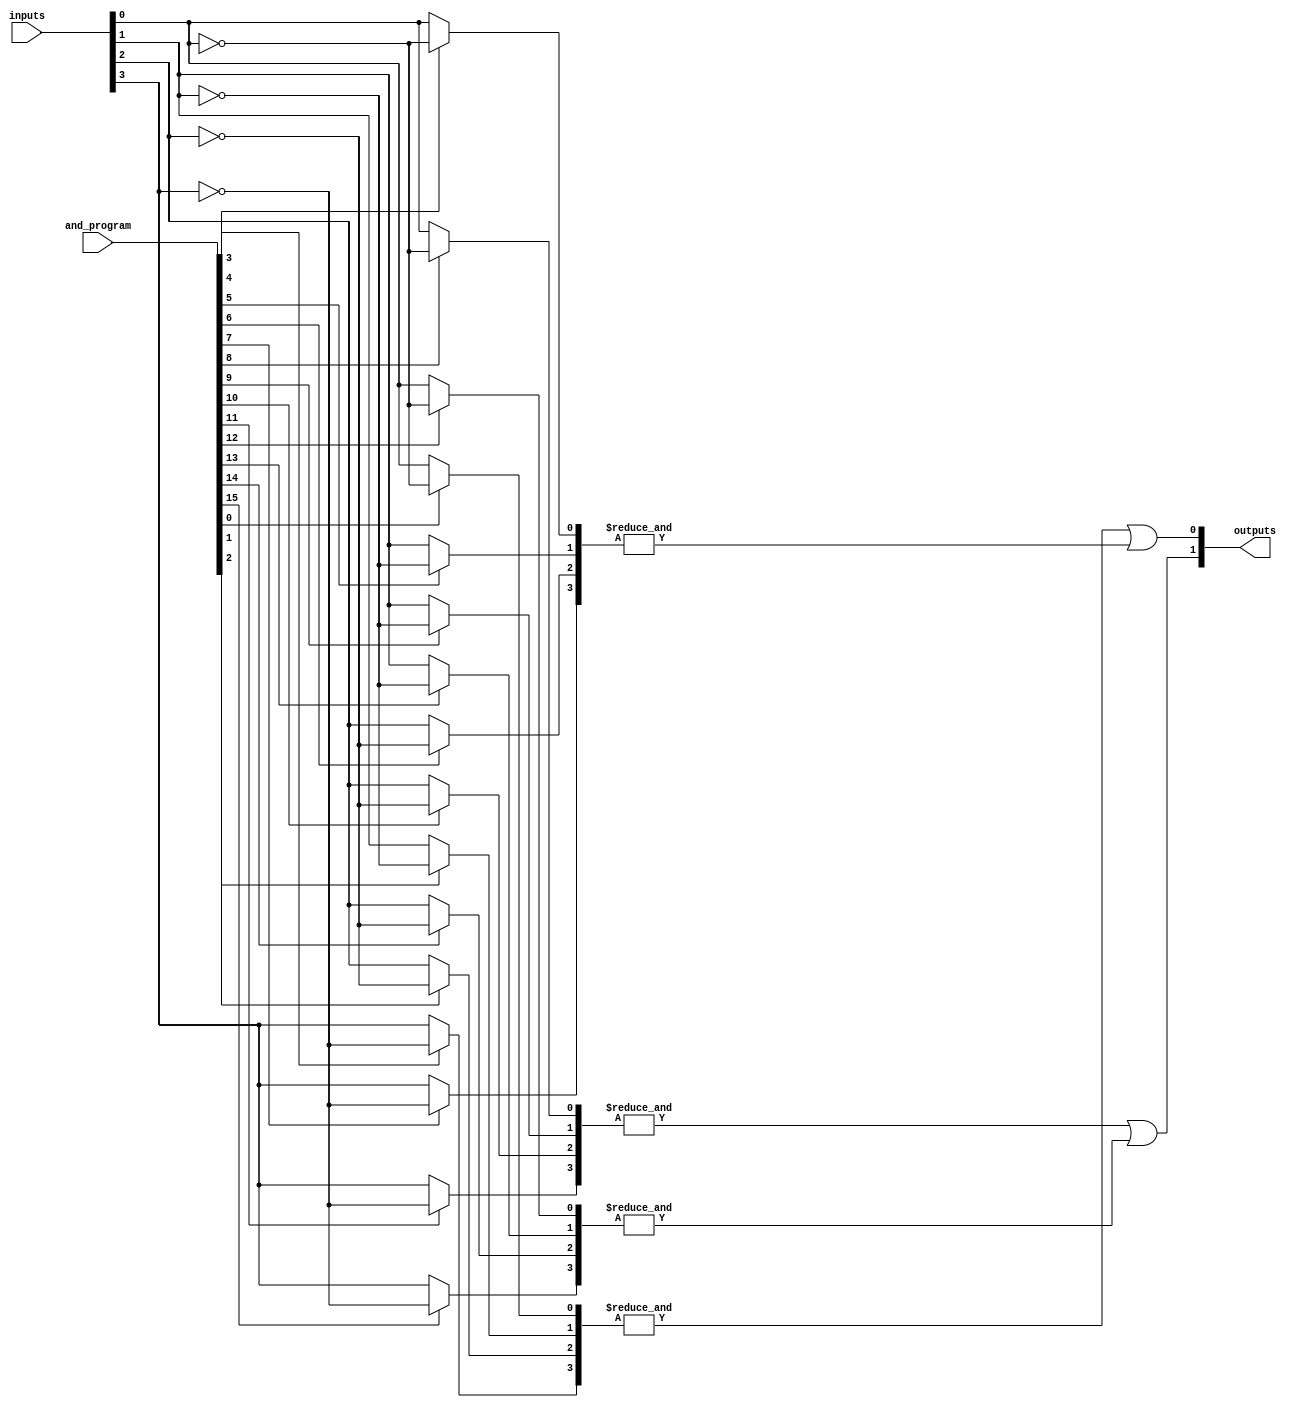
module GPAL #(
    parameter N = 4, // Number of inputs
    parameter M = 2, // Number of outputs
    parameter K = 4  // Number of AND gates
)(
    input  [N-1:0] inputs,          // Input signals
    input  [K*N-1:0] and_program,   // Programming signals for AND gates
    output [M-1:0] outputs           // Output signals
);

// Internal wires for AND gate outputs
wire [K-1:0] and_outputs;

// Generate AND gates
genvar i, j;
generate
    for (i = 0; i < K; i = i + 1) begin : and_gate
        wire [N-1:0] and_inputs;
        // Select inputs for the i-th AND gate based on programming
        for (j = 0; j < N; j = j + 1) begin : input_select
            assign and_inputs[j] = and_program[i*N + j] ? ~inputs[j] : inputs[j];
        end
        assign and_outputs[i] = &and_inputs; // AND operation
    end
endgenerate

// Fixed OR array
assign outputs[0] = and_outputs[0] | and_outputs[1]; // Example OR logic
assign outputs[1] = and_outputs[2] | and_outputs[3]; // Example OR logic

endmodule